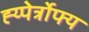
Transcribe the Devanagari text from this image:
ह्य्पेर्त्रोफ्य